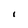
Character: 1